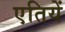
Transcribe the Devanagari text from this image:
एतियें